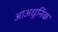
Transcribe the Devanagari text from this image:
आअधुनिक